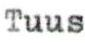
Tuus